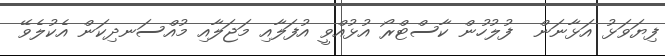
ފިޔަވަޅު އަޅާނަން  ފުލުހުން ކާސްޓްރޯ އުޅުއްވީ އުފަލާއި މަޖަލާއި މުއްސަނދިކަން އެކުލެވޭ